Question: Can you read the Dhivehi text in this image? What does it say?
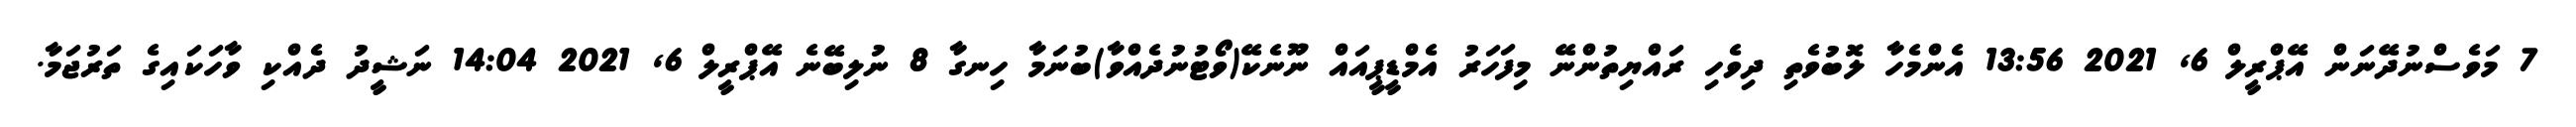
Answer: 7 މަވެސްނުދޭނަން އޭޕްރީލް 6, 2021 13:56 އެންމެހާ ލޮބުވެތި ދިވެހި ރައްޔިތުންނޭ މިފަހަރު އެމްޑީޕީއައް ނޫނެކޭ(ވޯޓުނުދެއްވާ)ބުނަމާ ހިނގާ 8 ނުލިބޭނެ އޭޕްރީލް 6, 2021 14:04 ނަޝީދު ދެއްކި ވާހަކައިގެ ތަރުޖަމާ.